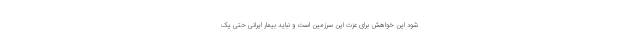
شود این خواهش برای عزت این سرزمین است ‌و نباید بیمار ایرانی حتی یک